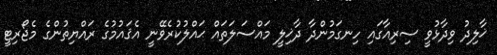
ޚާލިދު ވިދާޅުވީ ސިރިއާގައި ހިނގަމުންދާ ދާޚިލީ މައްސަލަތައް ޙައްލުކުރެވޭނީ އެޤައުމުގެ ރައްޔިތުންގެ މެޖޯރިޓީ